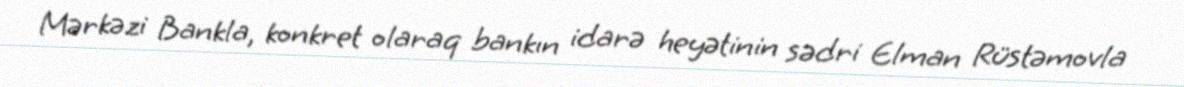
Mərkəzi Bankla, konkret olaraq bankın idarə heyətinin sədri Elman Rüstəmovla